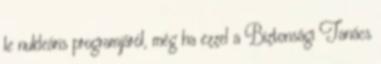
le nukleáris programjáról, még ha ezzel a Biztonsági Tanács